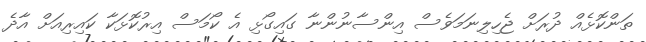
ތަންކޮޅެއް ދުރަށް ޖެހިލިނަމަވެސް އިންސާނުންނާ ގައިގޯޅި އެ ކޯމަސް އިރުކޮޅަކާ ކައިރިއަށް އާދެ